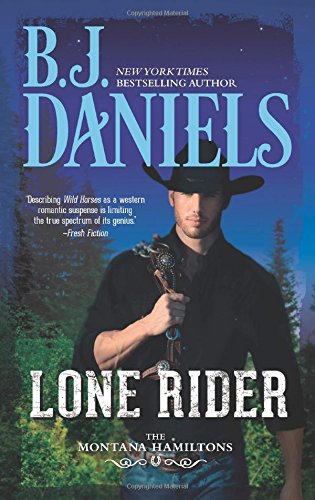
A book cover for Lone Rider (The Montana Hamiltons); B.J. Daniels; Romance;